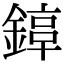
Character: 𨪟